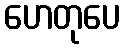
ဟေတုပေ